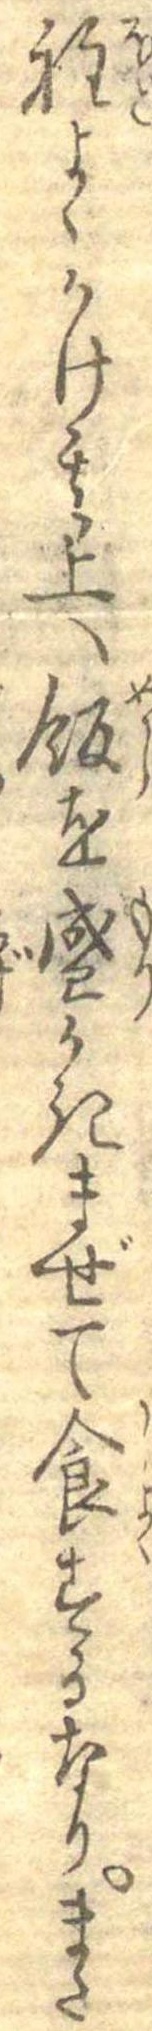
程よくかけ其上へ飯を盛かきまぜて食するなりまた